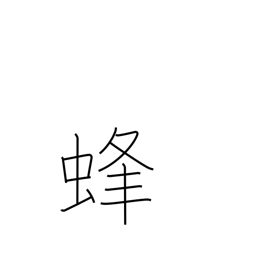
Meaning: bee